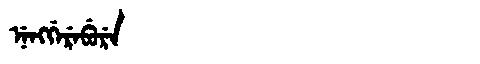
Manchu: ᠨᡝᠩᡤᡝᡵᡝᠪᡠᡵᡝ
Romanization: NENGGEREBURE